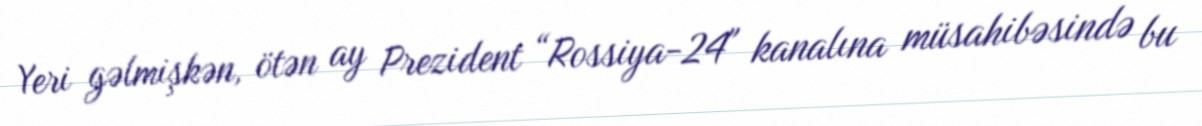
Yeri gəlmişkən, ötən ay Prezident “Rossiya-24" kanalına müsahibəsində bu